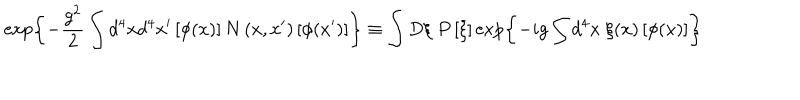
LaTeX: \exp \left\{ - \frac { g ^ { 2 } } 2 \int d ^ { 4 } x d ^ { 4 } x ^ { \prime } \left[ \phi ( x ) \right] N \left( x , x ^ { \prime } \right) \left[ \phi ( x ^ { \prime } ) \right] \right\} \equiv \int D \xi \; P \left[ \xi \right] \exp \left\{ - i g \int d ^ { 4 } x \; \xi ( x ) \left[ \phi ( x ) \right] \right\}